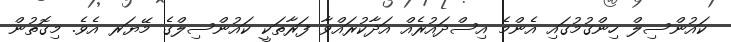
ކައުންސިލް ހިންގުމުގައި އެންމެ އިސްދައުރެއް އަދާކުރައްވާ ފަރާތަކީ ކައުންސިލްގެ މޭޔަރ އެވެ. މިގޮތުން